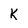
Character: k